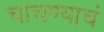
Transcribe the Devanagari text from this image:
चाचण्याचं